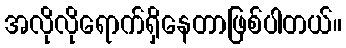
အလိုလိုရောက်ရှိနေတာဖြစ်ပါတယ်။